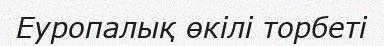
Еуропалық өкілі торбеті